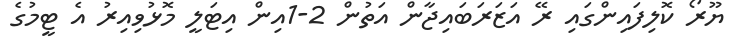
ޔޫރޯ ކޮލިފައިންގައި ރޭ އަޒަރަބައިޖާން އަތުން 2-1އިން އިޓަލީ މޮޅުވިއިރު އެ ޓީމުގެ